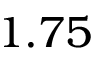
1 . 7 5